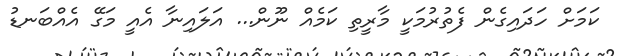
ކަމަށް ހަދައިގެން ފެތުރުމަކީ މާރީތި ކަމެއް ނޫން... އަލައިނާ އެއީ މަގޭ އެއްބަނޑު